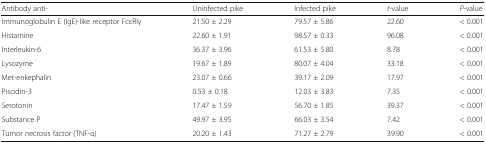
<table><thead><tr><td><b>Antibody anti-</b></td><td><b>Uninfected pike</b></td><td><b>Infected pike</b></td><td><b><i>t-</i>value</b></td><td><b><i>P</i>-value</b></td></tr></thead><tbody><tr><td>Immunoglobulin E (IgE)-like receptor FcεRIγ</td><td>21.50 ± 2.29</td><td>79.57 ± 5.86</td><td>22.60</td><td>&lt; 0.001</td></tr><tr><td>Histamine</td><td>22.60 ± 1.91</td><td>98.57 ± 0.33</td><td>96.08</td><td>&lt; 0.001</td></tr><tr><td>Interleukin-6</td><td>36.37 ± 3.96</td><td>61.53 ± 5.80</td><td>8.78</td><td>&lt; 0.001</td></tr><tr><td>Lysozyme</td><td>19.67 ± 1.89</td><td>80.07 ± 4.04</td><td>33.18</td><td>&lt; 0.001</td></tr><tr><td>Met-enkephalin</td><td>23.07 ± 0.66</td><td>39.17 ± 2.09</td><td>17.97</td><td>&lt; 0.001</td></tr><tr><td>Piscidin-3</td><td>0.53 ± 0.18</td><td>12.03 ± 3.83</td><td>7.35</td><td>&lt; 0.001</td></tr><tr><td>Serotonin</td><td>17.47 ± 1.59</td><td>56.70 ± 1.85</td><td>39.37</td><td>&lt; 0.001</td></tr><tr><td>Substance P</td><td>49.97 ± 3.95</td><td>66.03 ± 3.54</td><td>7.42</td><td>&lt; 0.001</td></tr><tr><td>Tumor necrosis factor (TNF-α)</td><td>20.20 ± 1.43</td><td>71.27 ± 2.79</td><td>39.90</td><td>&lt; 0.001</td></tr></tbody></table>